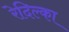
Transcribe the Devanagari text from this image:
रेदिल्का